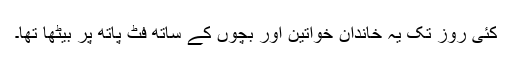
کئی روز تک یہ خاندان خواتین اور بچوں کے ساتھ فٹ پاتھ پر بیٹھا تھا۔